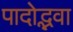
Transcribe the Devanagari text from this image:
पादोद्भवा